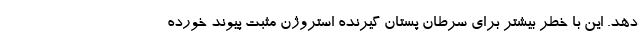
دهد. این با خطر بیشتر برای سرطان پستان گیرنده استروژن مثبت پیوند خورده